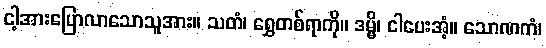
ငါ့အားပြောလာသောသူအား။ သတံ၊ ရွှေတစ်ရာကို။ ဒမ္မိ၊ ငါပေးအံ့။ သောဏကံ၊